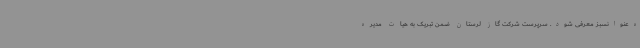
ه‌عنوانسبز معرفی شود. سرپرست شرکت گاز لرستان ضمن تبریک به هیات مدیره